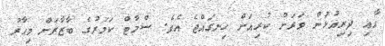
އާއި ދިރިއުޅުން ވަރަށް ކުރިއަށް ހިނގައްޖެ އެވެ. ސްމާޓް ކަމަރުގެ ބާޒާރަށް މިހާރު